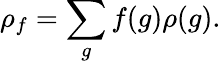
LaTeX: \rho_{f}=\sum_{g}f(g)\rho(g).